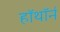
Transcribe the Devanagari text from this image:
हॉथॉर्न